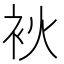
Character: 𤇷